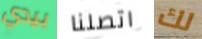
بيدي اتصلنا لك